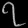
Digit: ၇